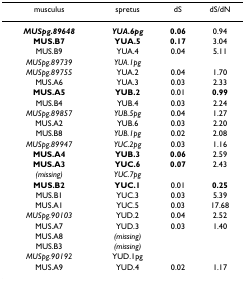
| musculus | spretus | dS | dS/dN |
 | --- | --- | --- | --- |
 | MUSpg.89648 | YUA.6pg | 0.06 | 0.94 |
 | MUS.B7 | YUA.5 | 0.17 | 3.04 |
 | MUS.B9 | YUA.4 | 0.04 | 5.11 |
 | MUSpg.89739 | YUA.1pg |  |  |
 | MUSpg.89755 | YUA.2 | 0.04 | 1.70 |
 | MUS.A6 | YUA.3 | 0.03 | 2.33 |
 | MUS.A5 | YUB.2 | 0.01 | 0.99 |
 | MUS.B4 | YUB.4 | 0.03 | 2.24 |
 | MUSpg.89857 | YUB.5pg | 0.04 | 1.27 |
 | MUS.A2 | YUB.6 | 0.03 | 2.20 |
 | MUS.B8 | YUB.1pg | 0.02 | 2.08 |
 | MUSpg.89947 | YUC.2pg | 0.03 | 1.16 |
 | MUS.A4 | YUB.3 | 0.06 | 2.59 |
 | MUS.A3 | YUC.6 | 0.07 | 2.43 |
 | (missing) | YUC.7pg |  |  |
 | MUS.B2 | YUC.1 | 0.01 | 0.25 |
 | MUS.B1 | YUC.3 | 0.03 | 5.39 |
 | MUS.A1 | YUC.5 | 0.03 | 17.68 |
 | MUSpg.90103 | YUD.2 | 0.04 | 2.52 |
 | MUS.A7 | YUD.3 | 0.03 | 1.40 |
 | MUS.A8 | (missing) |  |  |
 | MUS.B3 | (missing) |  |  |
 | MUSpg.90192 | YUD.1pg |  |  |
 | MUS.A9 | YUD.4 | 0.02 | 1.17 |